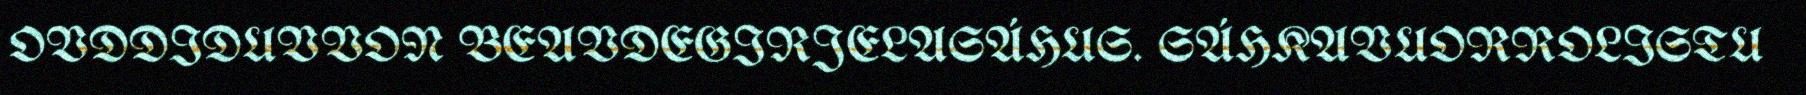
OVDDIDUVVON BEAVDEGIRJELASÁHUS. SÁHKAVUORROLISTU